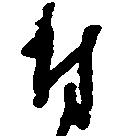
付